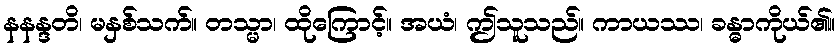
နနန္ဒတိ၊ မနှစ်သက်။ တသ္မာ၊ ထိုကြောင့်။ အယံ၊ ဤသူသည်။ ကာယဿ၊ ခန္ဓာကိုယ်၏။